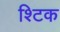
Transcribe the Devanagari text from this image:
श्टिक